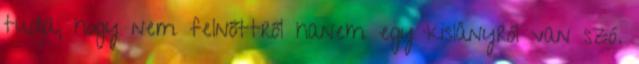
tudja, hogy nem felnőttről hanem egy kislányról van szó.